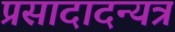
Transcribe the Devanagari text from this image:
प्रसादादन्यत्र